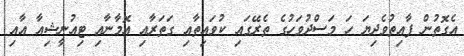
އެގޮތުން ފާއިތުވެދިޔަ ހަ މަސްދުވަހުގެ ތެރޭގައި ކުވައިތާއި ގަތަރާއި އޮމާނާއި ޓިއުނީޝިއާ އާއި